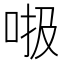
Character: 𠳖